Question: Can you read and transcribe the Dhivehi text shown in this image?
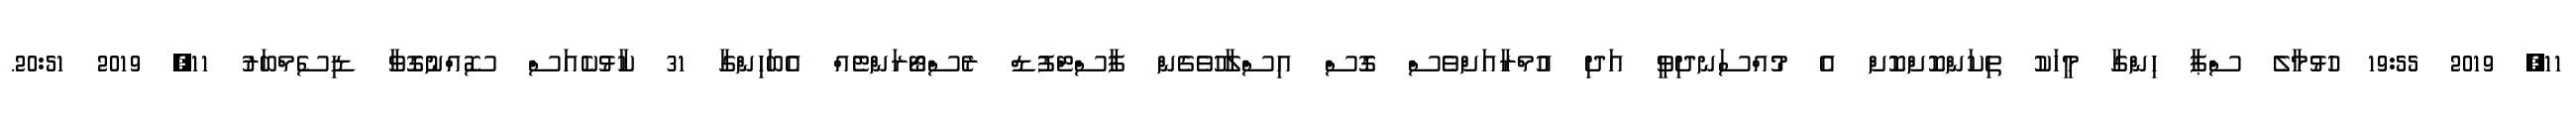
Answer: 11, 2019 19:55 ހުޅުމާލެ ސްޕާ ހިންގާ މީހަކު ތިކަންކޮށްކޮށް އެ މުއްސަނދިވީ އަދި އުމްރާއަށްވެސް ގޮސް އިސްލާހުވެގެން ފާސްޓްފުޑް ރެސްޓޯރަންޓެއް އެބަހިންގާ 31 ކާޅުކެއަސް ސޮއްނުގޮވާ ޑިސެމްބަރު 11, 2019 20:51.